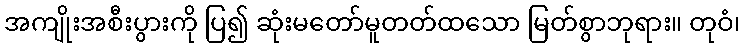
အကျိုးအစီးပွားကို ပြ၍ ဆုံးမတော်မူတတ်ထသော မြတ်စွာဘုရား။ တုဝံ၊